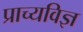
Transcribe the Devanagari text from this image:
प्राच्यविज्ञ